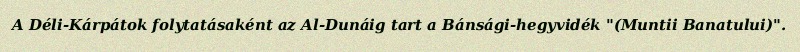
A Déli-Kárpátok folytatásaként az Al-Dunáig tart a Bánsági-hegyvidék "(Muntii Banatului)".